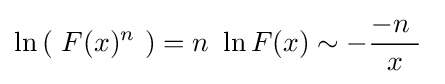
\ln \left(\ F(x)^{n}\ \right)=n\ \ln F(x)\sim -{\frac {-n~}{\ x\ }}~